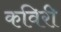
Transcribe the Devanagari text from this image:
कविरी